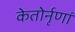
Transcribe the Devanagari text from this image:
केतोर्नृणां